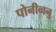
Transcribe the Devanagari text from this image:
पोनीव्वनु